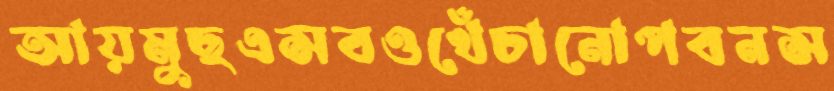
আয়মুছএসবওখেঁচানোপবনস